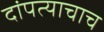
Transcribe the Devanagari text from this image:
दांपत्याचाच